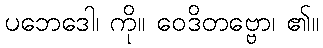
ပဘေဒေါ၊ ကို။ ဝေဒိတဗ္ဗော၊ ၏။